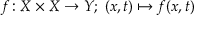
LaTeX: f \colon X \times X \to Y ; \; ( x , t ) \mapsto f ( x , t )